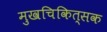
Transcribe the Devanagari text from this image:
मुखचिकित्सक